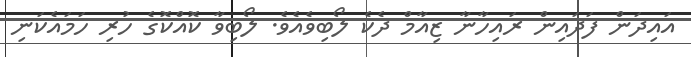
އައިދަން ފަދައިން ރައިހާނާ ޒިއާމް ދެކެ ލޯބިވެއެވެ. ލޯބިވާ ކޮއްކޮގެ ހުރި ހަމައެކަނި